Civil Veterinary Dept. Bombay admin report 1923-31 - 1923-1931
Year: 1923
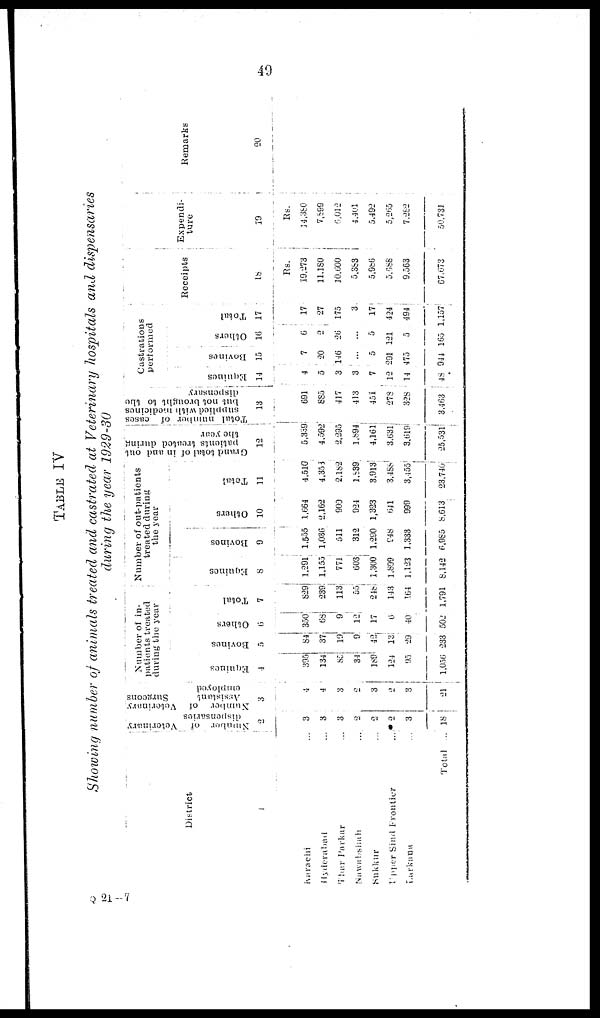
49
TABLE IV
Showing number of animals treated and castrated at Veterinary hospitals and dispensaries
during the year 1929-30
District
1
Karachi ...
Hyderabad ...
Thar Parkar ...
Nawabshah ...
Sukkur ...
Upper Sind Frontier ...
Larkana ...
Total ...
Number of Veterinary
dispensaries
2
3
3
3
2
2
2
3
18
Number of Veterinary,
Assistant
Surgeons
employed
3
4
4
3
2
3
2
3
21
Number of in-
patients treated
during the year
Equines
4
395
134
85
34
189
124
95
1,056
Bovines
5
84
37
19
9
42
13
29
233
Others
6
350
63
9
12
17
6
40
502
Total
7
829
239
113
55
248
143
164
1,791
Number of out-patients
treated during
the year
Equines
8
1,291
1,155
771
603
1,300
1,899
1,123
8,142
Bovines
9
1,555
1,036
511
312
1,290
948
1,333
6,985
Others
10
1,664
2,162
900
924
1,323
641
999
8,613
Total
11
4,510
4,353
2,182
1,839
3,913
3,488
3,455
23,740
Grand total of in and out
patients treated during
the year
12
5,339
4,592
2,295
1,894
4,161
3,631
3,619
25,531
Total number of cases
supplied with medicines
but not brought to the
dispensary
13
691
885
417
413
451
278
328
3,463
Castrations
performed
Equines
14
4
5
3
3
7
12
14
48
Bovines
15
7
20
146
...
5
291
475
944
Others
16
6
2
26
...
5
121
5
16.3
Total
17
17
27
175
3
17
424
494
1,157
Receipts
18
Rs.
19,273
11,180
10.600
5,383
5,986
5,688
9,563
67,673
Expendi-
ture
19
Rs.
34,380
7,899
6,012
4.401
5,492
5,265
7,282
50,731
Remarks
20
Q 21—7